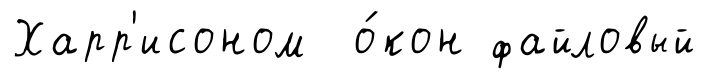
Харр'исоном о́кон файловый